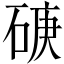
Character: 𥓷